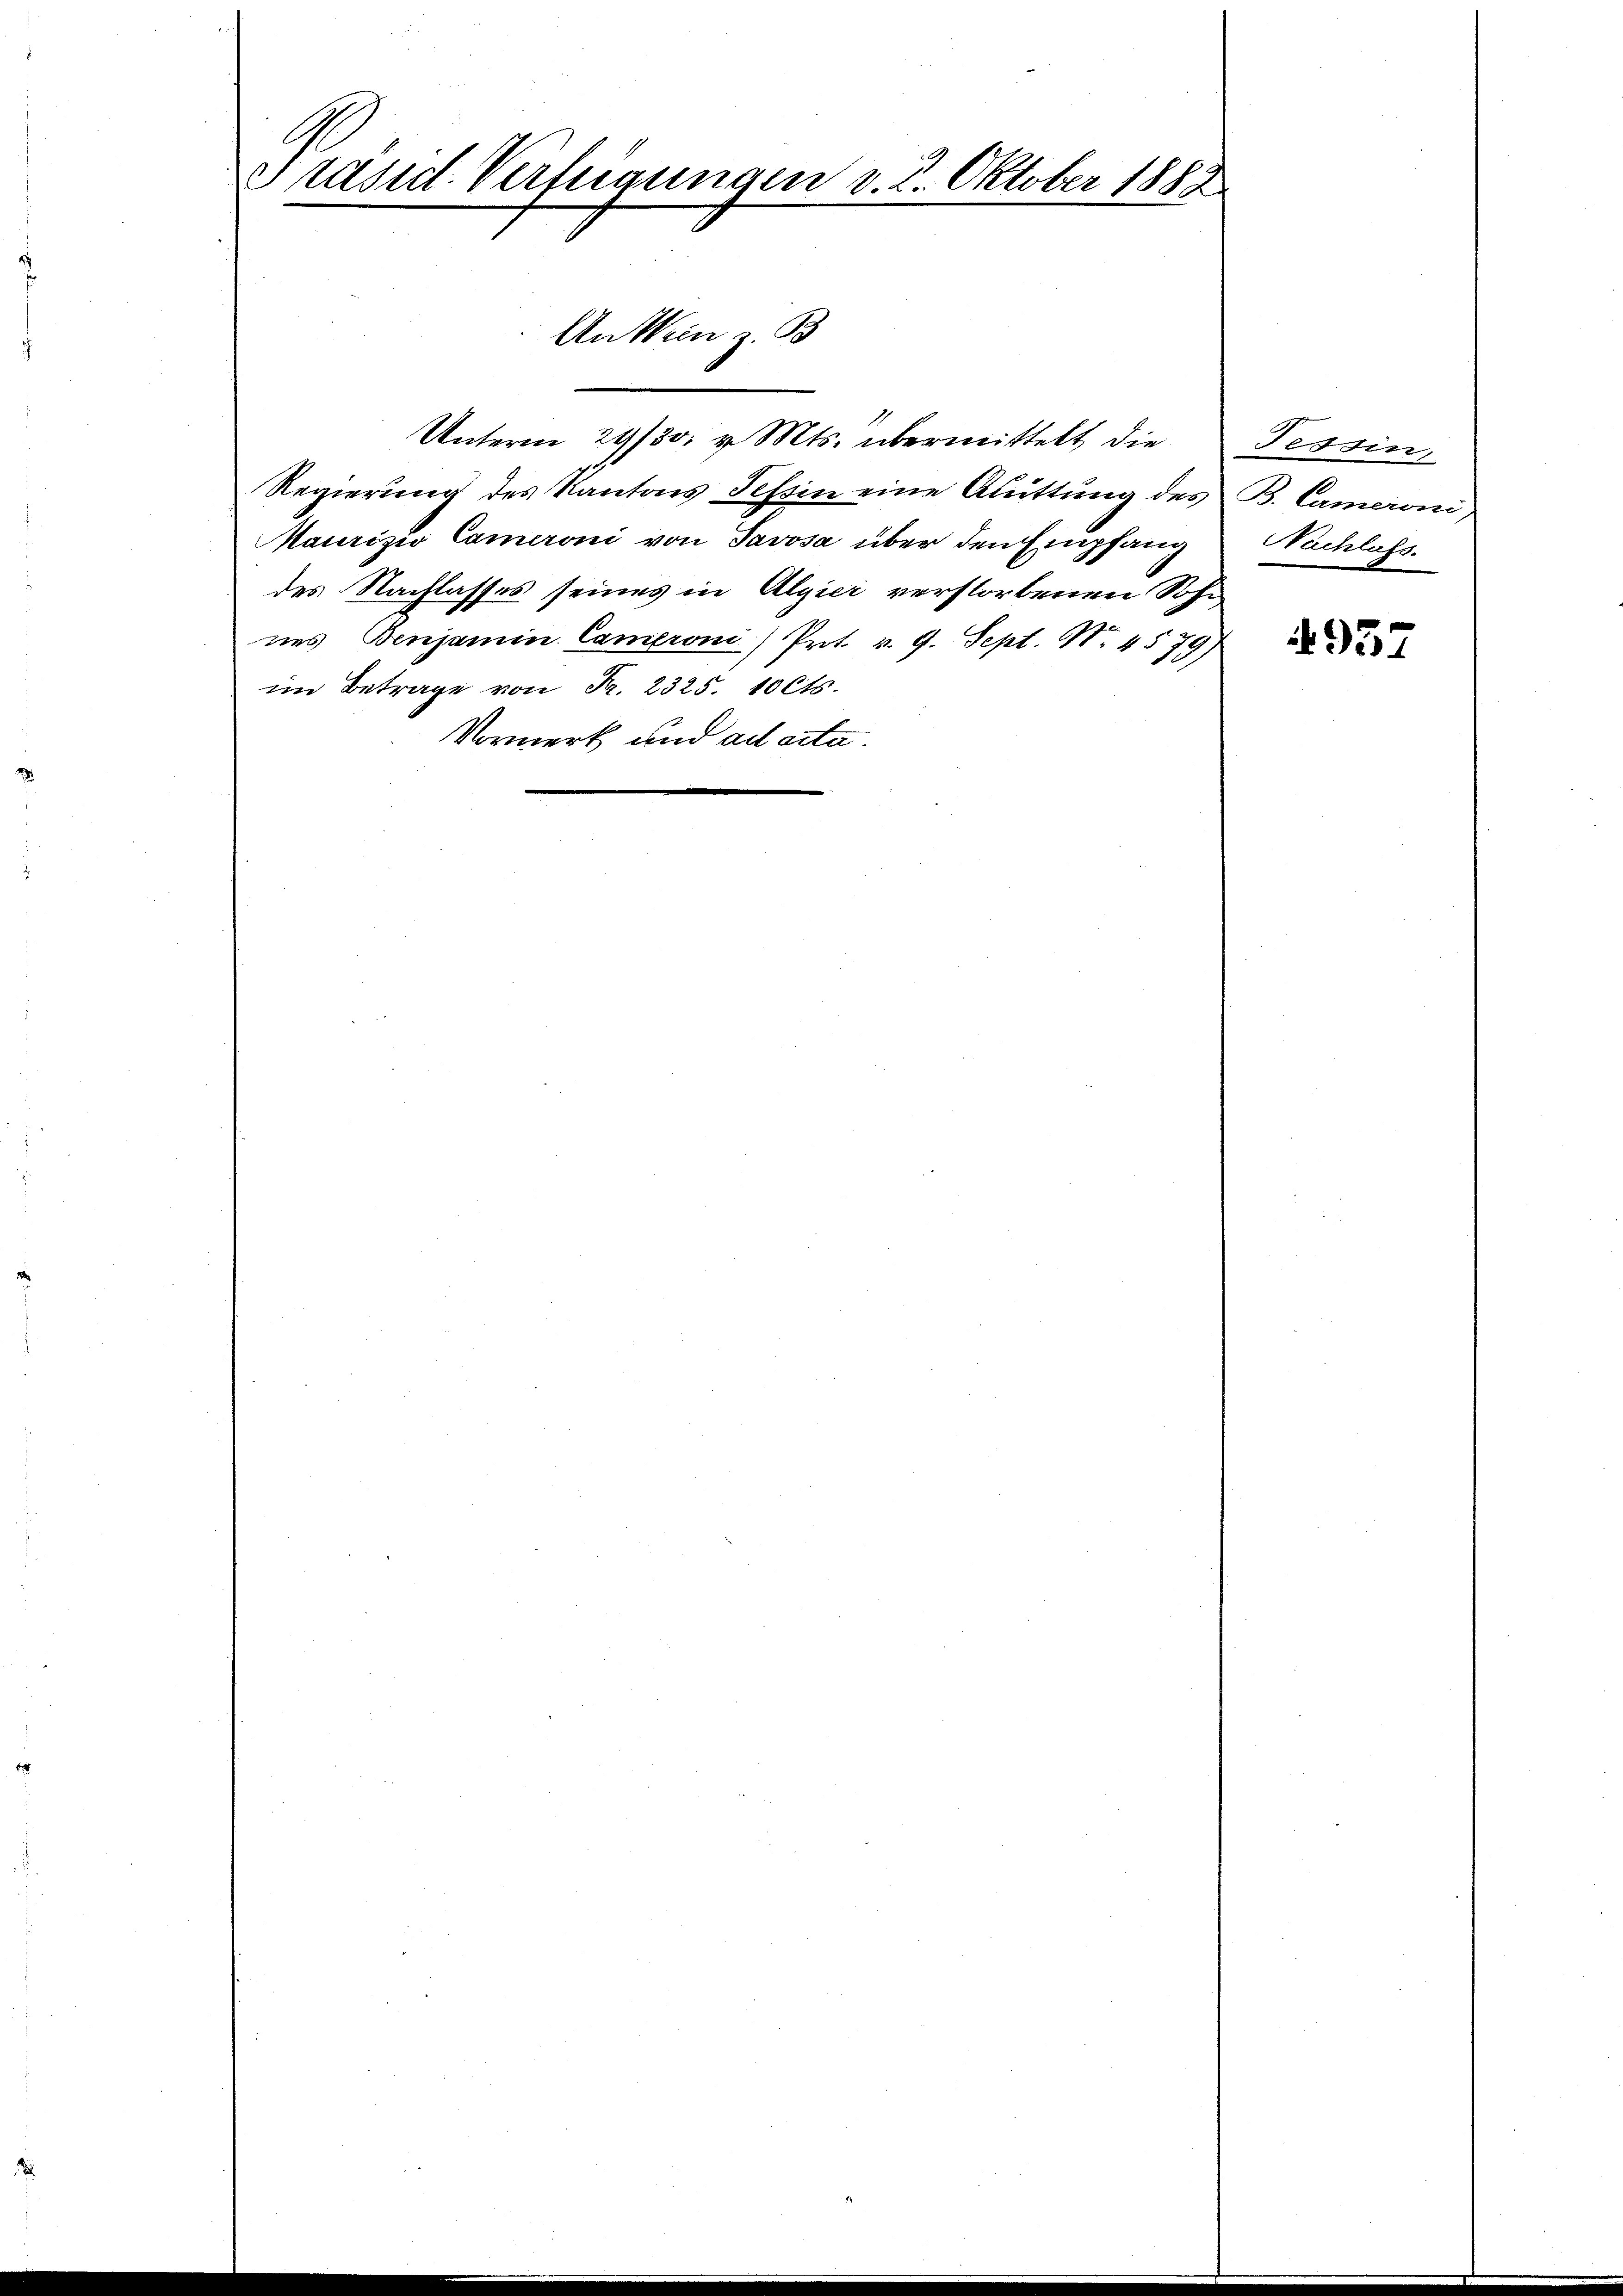
Präsid. Verfeigungen v. 2. Oktober 1882

Unterm 29/30. v. Mts. übermittelt die
Regierung des Kantons Tessin eine Auittung des B. Cameroni
Maurizio Cameroni von Savosa über den Empfang
des Nachlasses seines in Algier verstorbenen Sohn
nes Benjamin Cameron Prot. v. 9. Sept. N. 4579)
im Betrage von Fr. 2325. 10 Cts.
Vormerk und ad acta.

An Mein z. B.

Tessin,
Nachlass.

4937